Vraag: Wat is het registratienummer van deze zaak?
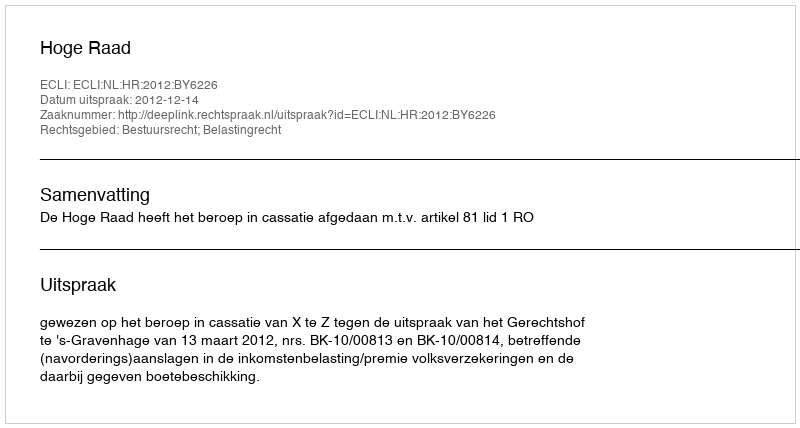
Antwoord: http://deeplink.rechtspraak.nl/uitspraak?id=ECLI:NL:HR:2012:BY6226